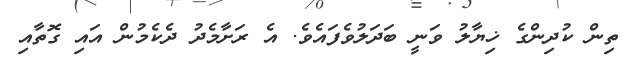
ތިން ކުދިންގެ ޚިޔާލު ވަނީ ބަދަލުވެފައެވެ. އެ ރަށާމެދު ދެކެމުން އައި ގޮތާއި